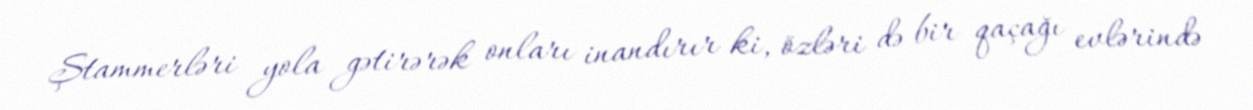
Ştammerləri yola gətirərək onları inandırır ki, özləri də bir qaçağı evlərində